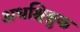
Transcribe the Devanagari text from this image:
अधश्चिब्रुक